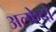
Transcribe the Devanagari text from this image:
अल्फ्रेदो